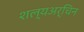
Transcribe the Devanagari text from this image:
शल्यअर्चिन